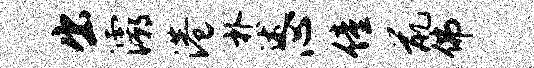
出灞港朴述心僮鼠佛